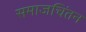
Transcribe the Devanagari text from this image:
समाजचिंतन